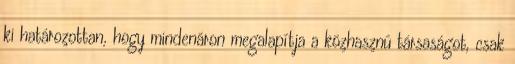
ki határozottan, hogy mindenáron megalapítja a közhasznú társaságot, csak